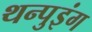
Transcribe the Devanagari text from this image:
थन्पुइंग